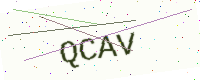
Text: QCAV